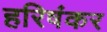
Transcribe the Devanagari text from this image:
हरिषंकर